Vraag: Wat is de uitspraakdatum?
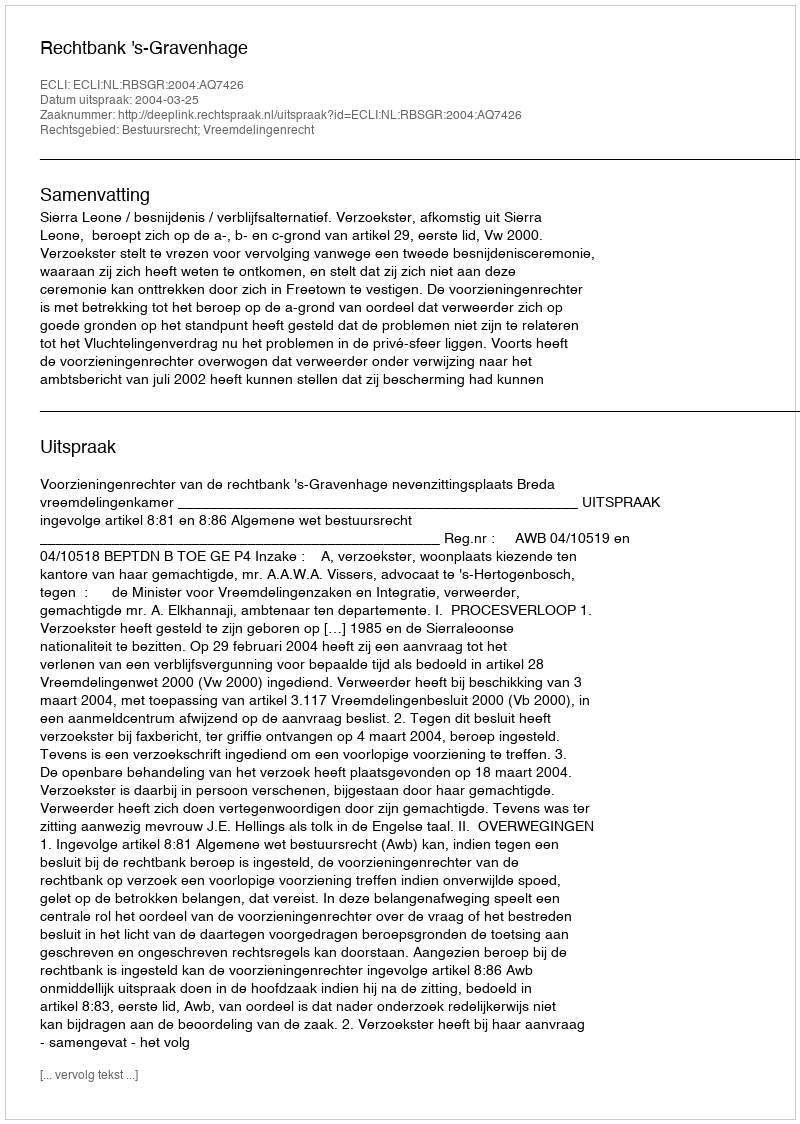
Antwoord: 2004-03-25